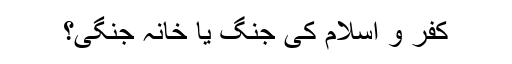
کفر و اسلام کی جنگ یا خانہ جنگی؟